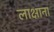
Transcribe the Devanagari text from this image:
लाक्षाना